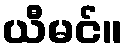
ယီမင်။